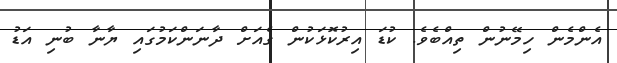
އެންމެން ހިމޭނުން ތިއްބެވެ. ކުޑަ އިރުކޮޅަކުން ގެއަށް ދާނަންކަމުގައި ޔާނާ ބުނި އަޑު